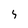
Character: s